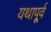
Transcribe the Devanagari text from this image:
यथापू्र्व